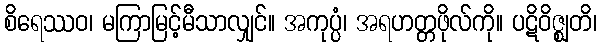
စိရေဿဝ၊ မကြာမြင့်မီသာလျှင်။ အကုပ္ပံ၊ အရဟတ္တဖိုလ်ကို။ ပဋိဝိဇ္ဈတိ၊